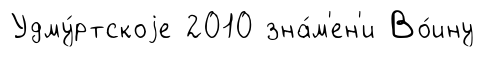
Удму́ртскоjе 2010 зна́м'ен'и Во́ину